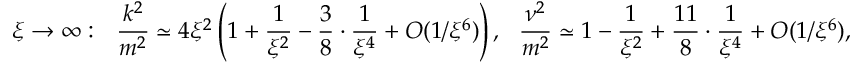
\xi \rightarrow \infty : \ \ \frac { k ^ { 2 } } { m ^ { 2 } } \simeq 4 \xi ^ { 2 } \left( 1 + \frac { 1 } { \xi ^ { 2 } } - \frac { 3 } { 8 } \cdot \frac { 1 } { \xi ^ { 4 } } + { \cal O } ( 1 / \xi ^ { 6 } ) \right) , \ \ \frac { \nu ^ { 2 } } { m ^ { 2 } } \simeq 1 - \frac { 1 } { \xi ^ { 2 } } + \frac { 1 1 } { 8 } \cdot \frac { 1 } { \xi ^ { 4 } } + { \cal O } ( 1 / \xi ^ { 6 } ) ,